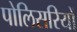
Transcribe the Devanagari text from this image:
पोलिसरियों